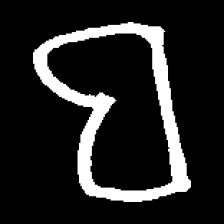
Pyu character \u2014 Myanmar letter: ဗ (romanized: ba)